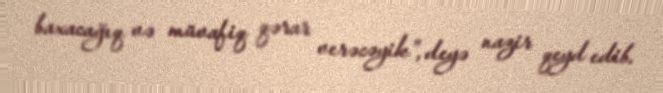
baxacağıq və müvafiq qərar verəcəyik”, deyə nazir qeyd edib.